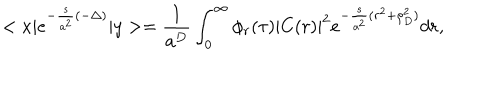
< x | e ^ { - \frac { s } { a ^ { 2 } } ( - \Delta ) } | y > = \frac { 1 } { a ^ { D } } \int _ { 0 } ^ { \infty } \phi _ { r } ( \tau ) | C ( r ) | ^ { 2 } e ^ { - \frac { s } { a ^ { 2 } } ( r ^ { 2 } + \rho _ { D } ^ { 2 } ) } d r ,